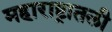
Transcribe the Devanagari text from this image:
महाराष्ट्रातली